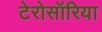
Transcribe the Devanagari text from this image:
टेरोसॉरिया